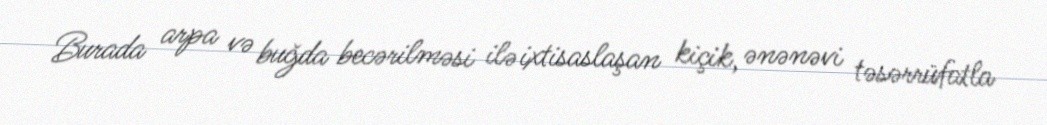
Burada arpa və buğda becərilməsi ilə ixtisaslaşan kiçik, ənənəvi təsərrüfatla